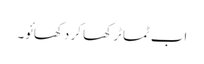
اب ٹماٹر کھا کر دکھائو۔